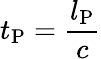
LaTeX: t_{\mathrm{P}}={\frac{l_{\mathrm{P}}}{c}}